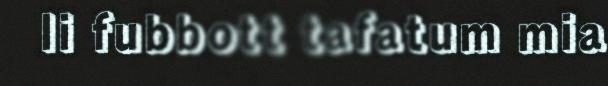
li fubbott tafatum mia